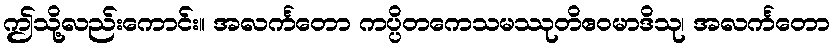
ဤသို့လည်းကောင်း။ အလင်္ကတော ကပ္ပိတကေသမဿုတိဧဝမာဒိသု၊ အလင်္ကတော